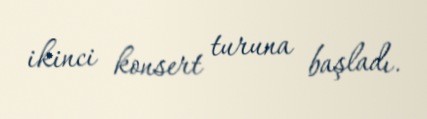
ikinci konsert turuna başladı.